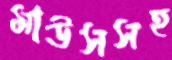
মাউসসহ